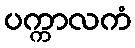
ပက္ကာလကံ